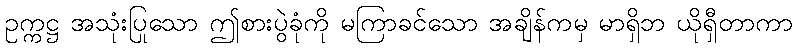
ဥက္ကဋ္ဌ အသုံးပြုသော ဤစားပွဲခုံကို မကြာခင်သော အချိန်ကမှ မာရှိဘ ယိုရှီတာကာ